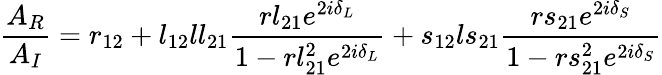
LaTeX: \frac{A_{R}}{A_{I}}=r_{12}+l_{12}ll_{21}\frac{rl_{21}e^{2i\delta_{L}}}{1-rl_{21}^{2}e^{2i\delta_{L}}}+s_{12}ls_{21}\frac{rs_{21}e^{2i\delta_{S}}}{1-rs_{21}^{2}e^{2i\delta_{S}}}